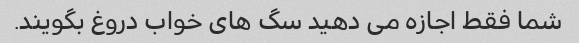
شما فقط اجازه می دهید سگ های خواب دروغ بگویند.